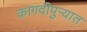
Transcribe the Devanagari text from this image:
कागदीपुर्‍यात